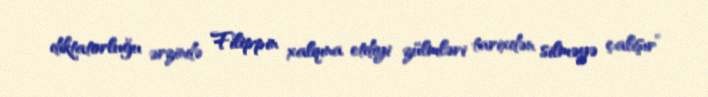
diktatorluğu ərzində Filippin xalqına etdiyi zülmləri tarixdən silməyə çalışır”